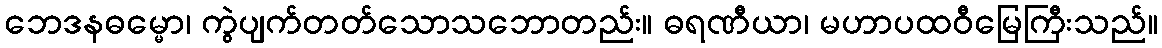
ဘေဒနဓမ္မော၊ ကွဲပျက်တတ်သောသဘောတည်း။ ဓရဏီယာ၊ မဟာပထဝီမြေကြီးသည်။